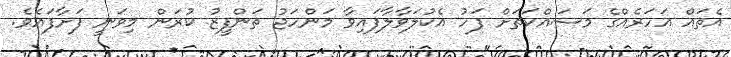
އެތައް އަހަރެއްގެ މަސައްކަތަށް ފަހު އެކުލަވާލާފައިވާ މަންހަޖު ތަންފީޒު ކުރަން މިވަނީ ފަށާފައެވެ.